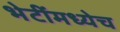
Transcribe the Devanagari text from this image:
भेटींमध्येच